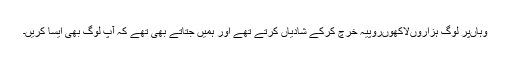
وہاں‌پر لوگ ہزاروں‌لاکھوں‌روپیہ خرچ کرکے شادیاں کرتے تھے اور ہمیں جتاتے بھی تھے کہ آپ لوگ بھی ایسا کریں۔